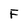
Character: F